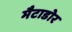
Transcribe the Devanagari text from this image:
मैटाडोर